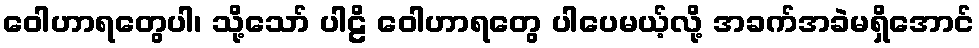
ဝေါဟာရတွေပါ၊ သို့သော် ပါဠိ ဝေါဟာရတွေ ပါပေမယ့်လို့ အခက်အခဲမရှိအောင်